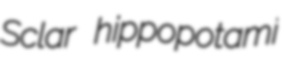
Sclar hippopotami